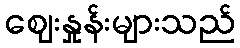
ဈေးနှုန်းများသည်